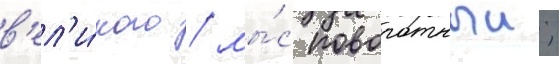
в'ел'и́кого / мы́с поворотныи;